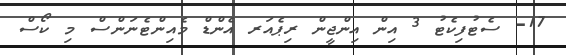
17- ސެޓުފިކެޓު 3 އިން އިންޖީން ރިޕެއަރ އެންޑް މެއިންޓެނަންސް މި ކޯސް